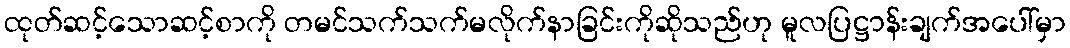
ထုတ်ဆင့်သောဆင့်စာကို တမင်သက်သက်မလိုက်နာခြင်းကိုဆိုသည်ဟု မူလပြဋ္ဌာန်းချက်အပေါ်မှာ